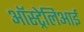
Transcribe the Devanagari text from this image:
ऑस्ट्रेलिआई